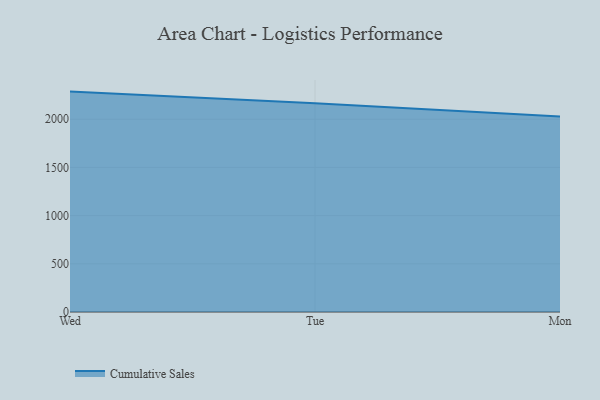
{"axis": {"x": "Day", "y": "Shipments"}, "legend": ["Cumulative Sales"], "data": [{"x": "Wed", "y": 2286.7, "type": "Cumulative Sales"}, {"x": "Tue", "y": 2166.3, "type": "Cumulative Sales"}, {"x": "Mon", "y": 2028.9, "type": "Cumulative Sales"}]}